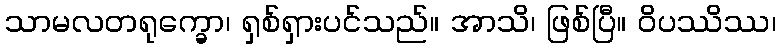
သာမလတရုက္ခော၊ ရှစ်ရှားပင်သည်။ အာသိ၊ ဖြစ်ပြီ။ ဝိပဿိဿ၊